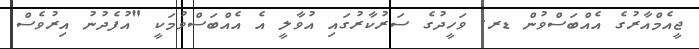
ޖީއެމްއާރުގެ އެއްބަސްވުން ޑރ. ވަހީދުގެ ސަރުކާރުގައި އުވާލީ އެ އެއްބަސްވުމަކީ "އުފެދުނު އިރުވެސް